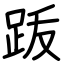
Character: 䟦